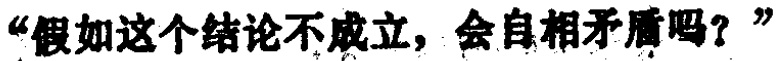
“假如这个结论不成立，会自相矛盾吗？”